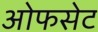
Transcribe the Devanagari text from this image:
ओफसेट